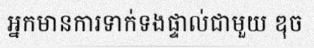
អ្នកមានការទាក់ទងផ្ទាល់ជាមួយ ឌុច